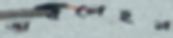
অবলেহন